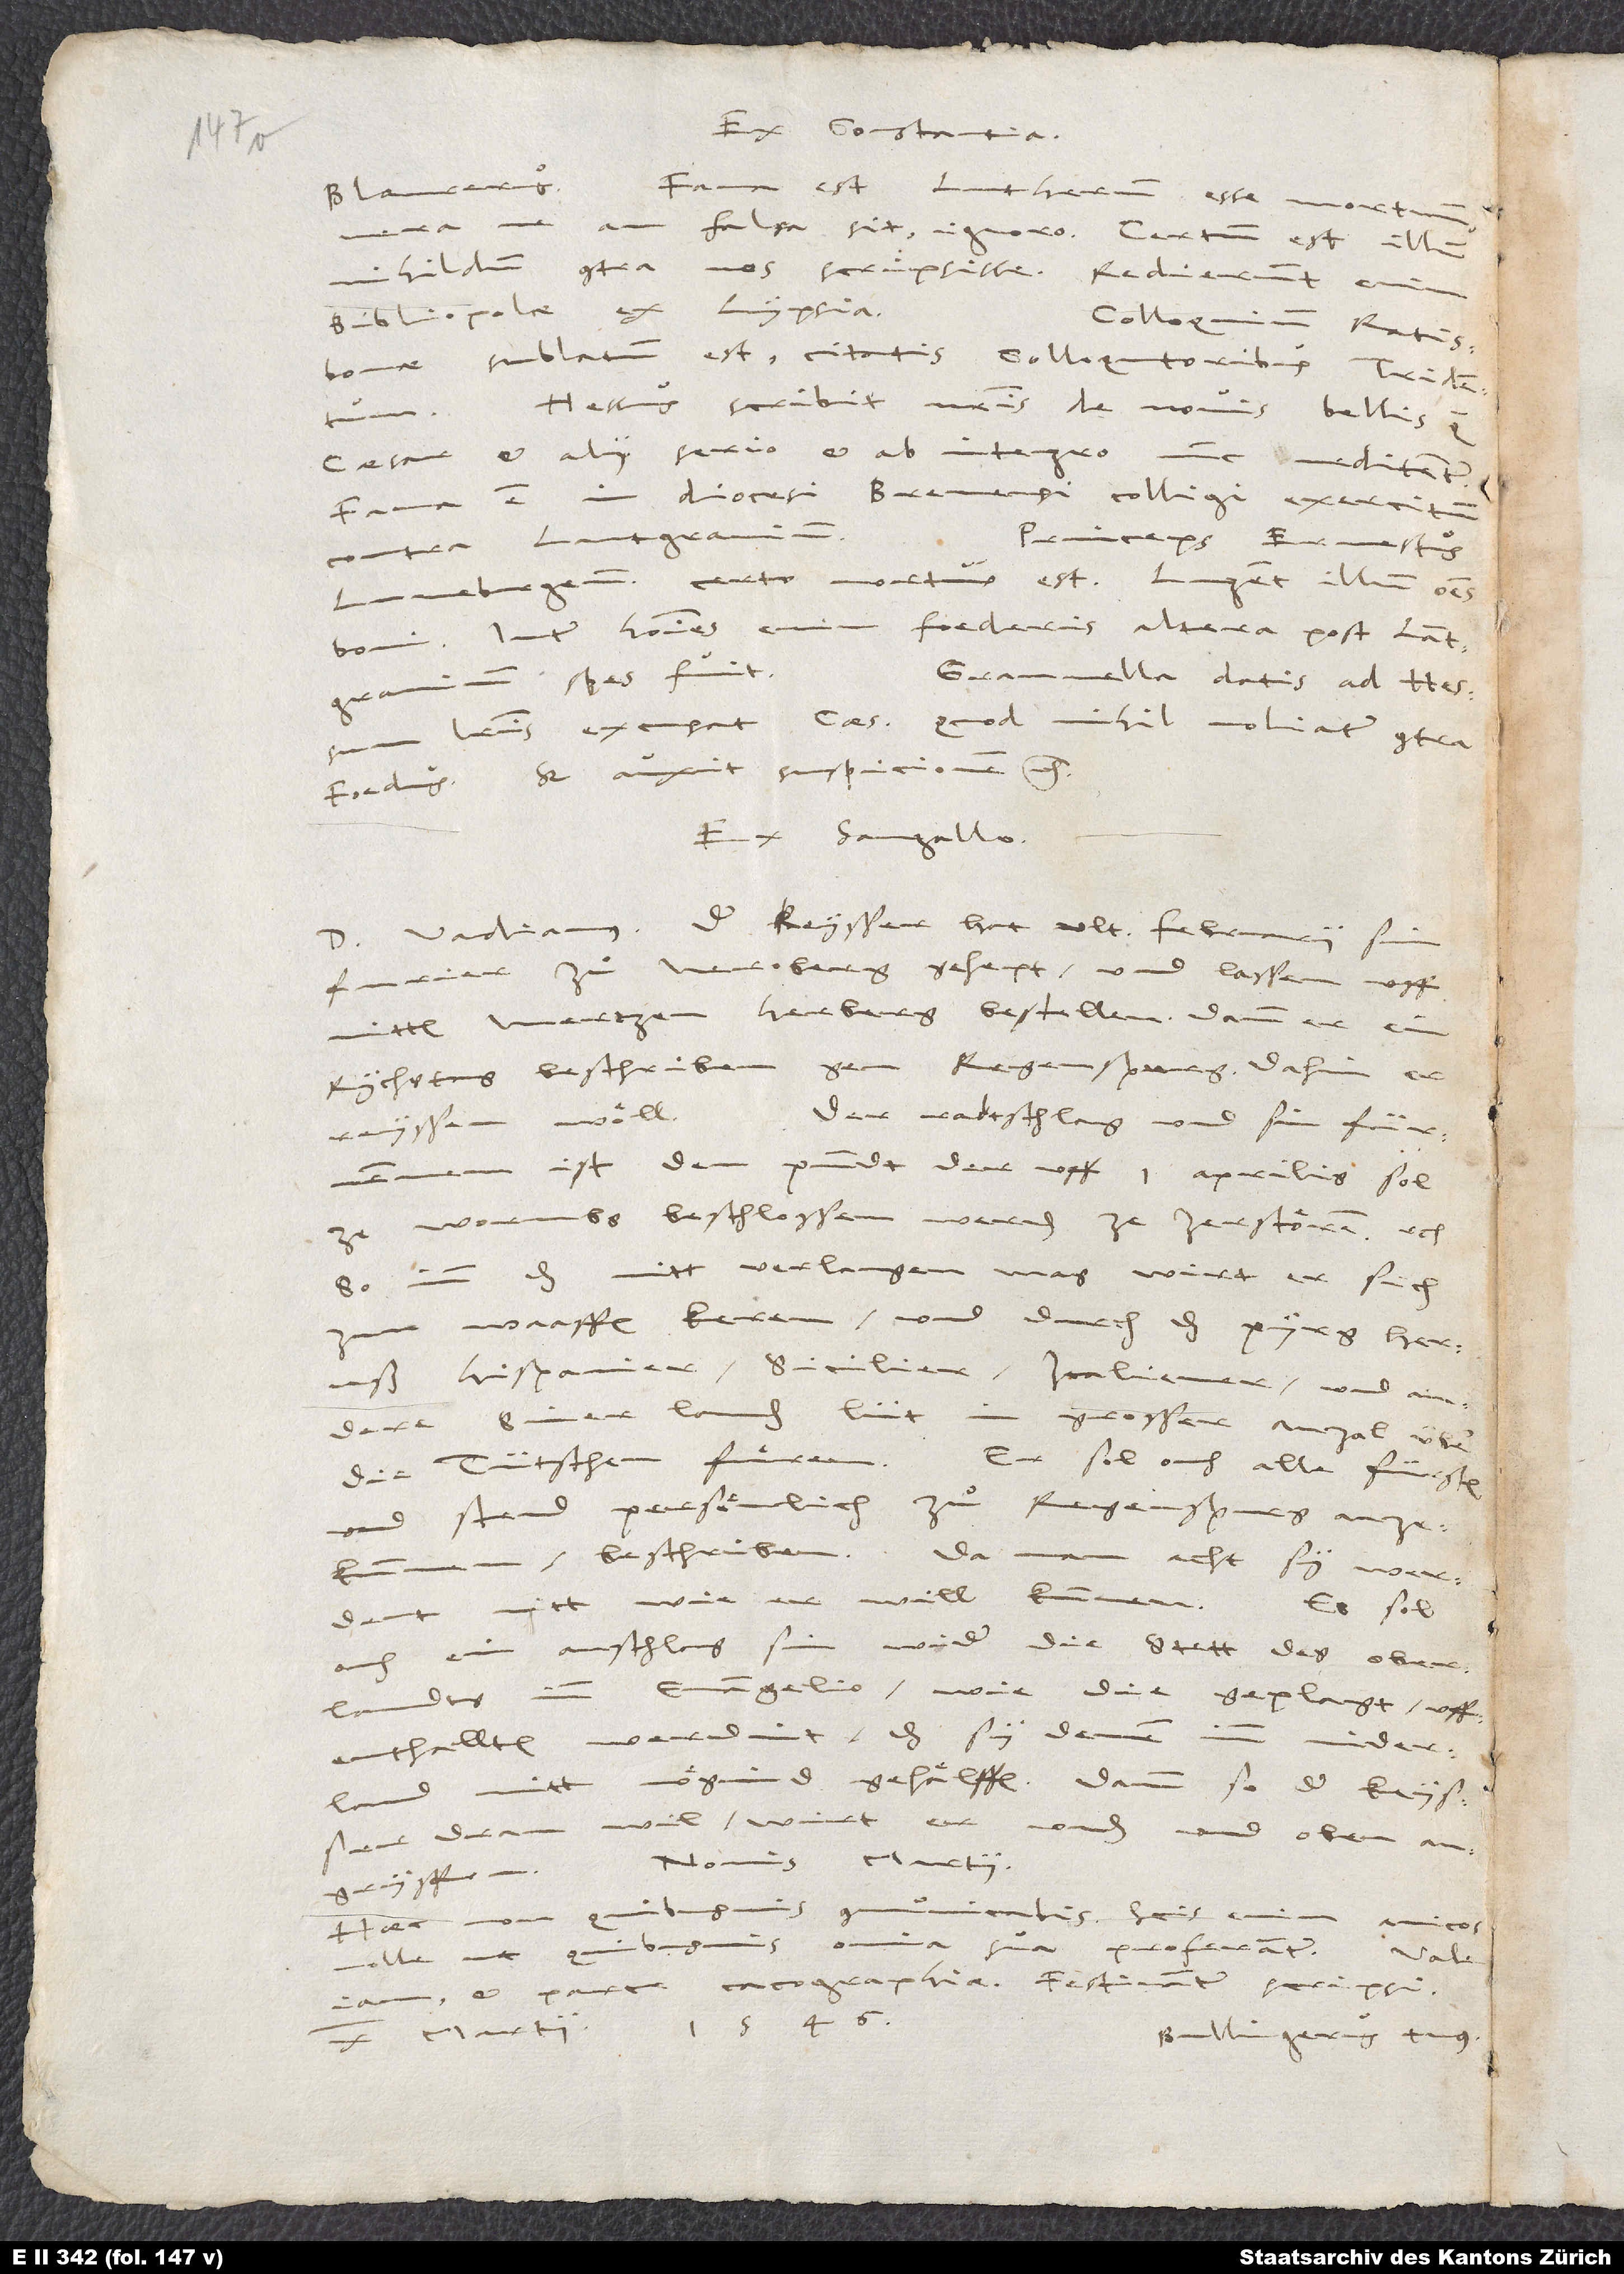
Ex Constantia.
Blaurerus:
Fama est Lutherum esse mortuum,
verane an falsa sit, ignoro. Certum est illum
nihildum contra vos scripsisse. Redierunt enim
bibliopolae ex Lypsia.
Colloquium Ratisbonae
sublatum est citatis colloquutoribus Tridentum.
„Hessus scribit nostris de novis bellis, quae
caesar et alii serio et ab integro nunc meditentur.“
Fama est in diocesi Bremensi colligi exercitum
contra lantgravium.
Princeps Ernestus
Luneburgensis certo mortuus est. Lugent illum omnes
boni. Inter homines enim foederis altera post lantgravium
Granvella datis ad Hessum
literis excusat caesarem, quod nihil moliatur contra
foedus; sed auxit suspicionem, etc.
Ex Sangallo.
D. Vadianus: Der keysser hat ultima februarii sin
Neroberg gehept und lassen uff
furier
mitten mertzen herberg bestellen; dann er ein
rychstag beschriben gen Regenspurg, dahin er
Der radtschlag und sin fürnemmen
reyssen woͤll.
ist, den pundt, der uff 1. aprilis sol
ze Wormbs beschlossen werden, ze zerstoͤren, etc.
So imm das nitt verlangen mag, wirt er sich
waaffen keren und durch das pyrg heruß
Hispanier, Sicilier, Italiener und
andere siner landen lüt in grosser anzal über
die Tütschen fuͤren. Er sol ouch alle fürsten
und stend, persoͤnlich zuͦ Regenspurg anzekummen,
beschriben, da man acht, sy werdent nitt,
wie er will, kummen. Es sol
anschlag sin wider die stett des Oberlandts
ouch
evangelio, wie die geplagt, uffenthallten
werdint, das sy denen imm Niderland
nitt moͤgind gehaͤlffen. Dann so der keysser
dran wil, wirt er unden und oben
angryffen. Nonis martii.
communicabis. Scis enim amicos
nolle, ut quibusvis omnia sua proferantur.
Vale
iam et parce cacographiae; festinanter scripsi.
10. martii 1546.
Bullingerus tuus.